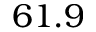
6 1 . 9